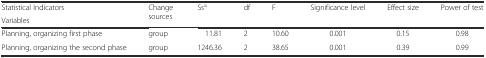
| Statistical Indicators | <ROWSPAN=2> Change sources | <ROWSPAN=2> Ssa | <ROWSPAN=2> df | <ROWSPAN=2> F | <ROWSPAN=2> Significance level | <ROWSPAN=2> Effect size | <ROWSPAN=2> Power of test |
 | Variables |
 | --- | --- | --- | --- | --- | --- | --- | --- |
 | Planning, organizing first phase | group | 11.81 | 2 | 10.60 | 0.001 | 0.15 | 0.98 |
 | Planning, organizing the second phase | group | 1246.36 | 2 | 38.65 | 0.001 | 0.39 | 0.99 |